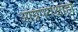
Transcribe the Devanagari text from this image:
अग्निपरीक्षाही